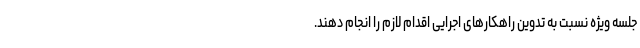
جلسه ویژه نسبت به تدوین راهکارهای اجرایی اقدام لازم را انجام دهند.